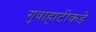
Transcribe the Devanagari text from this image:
गुवाहाटीकडे